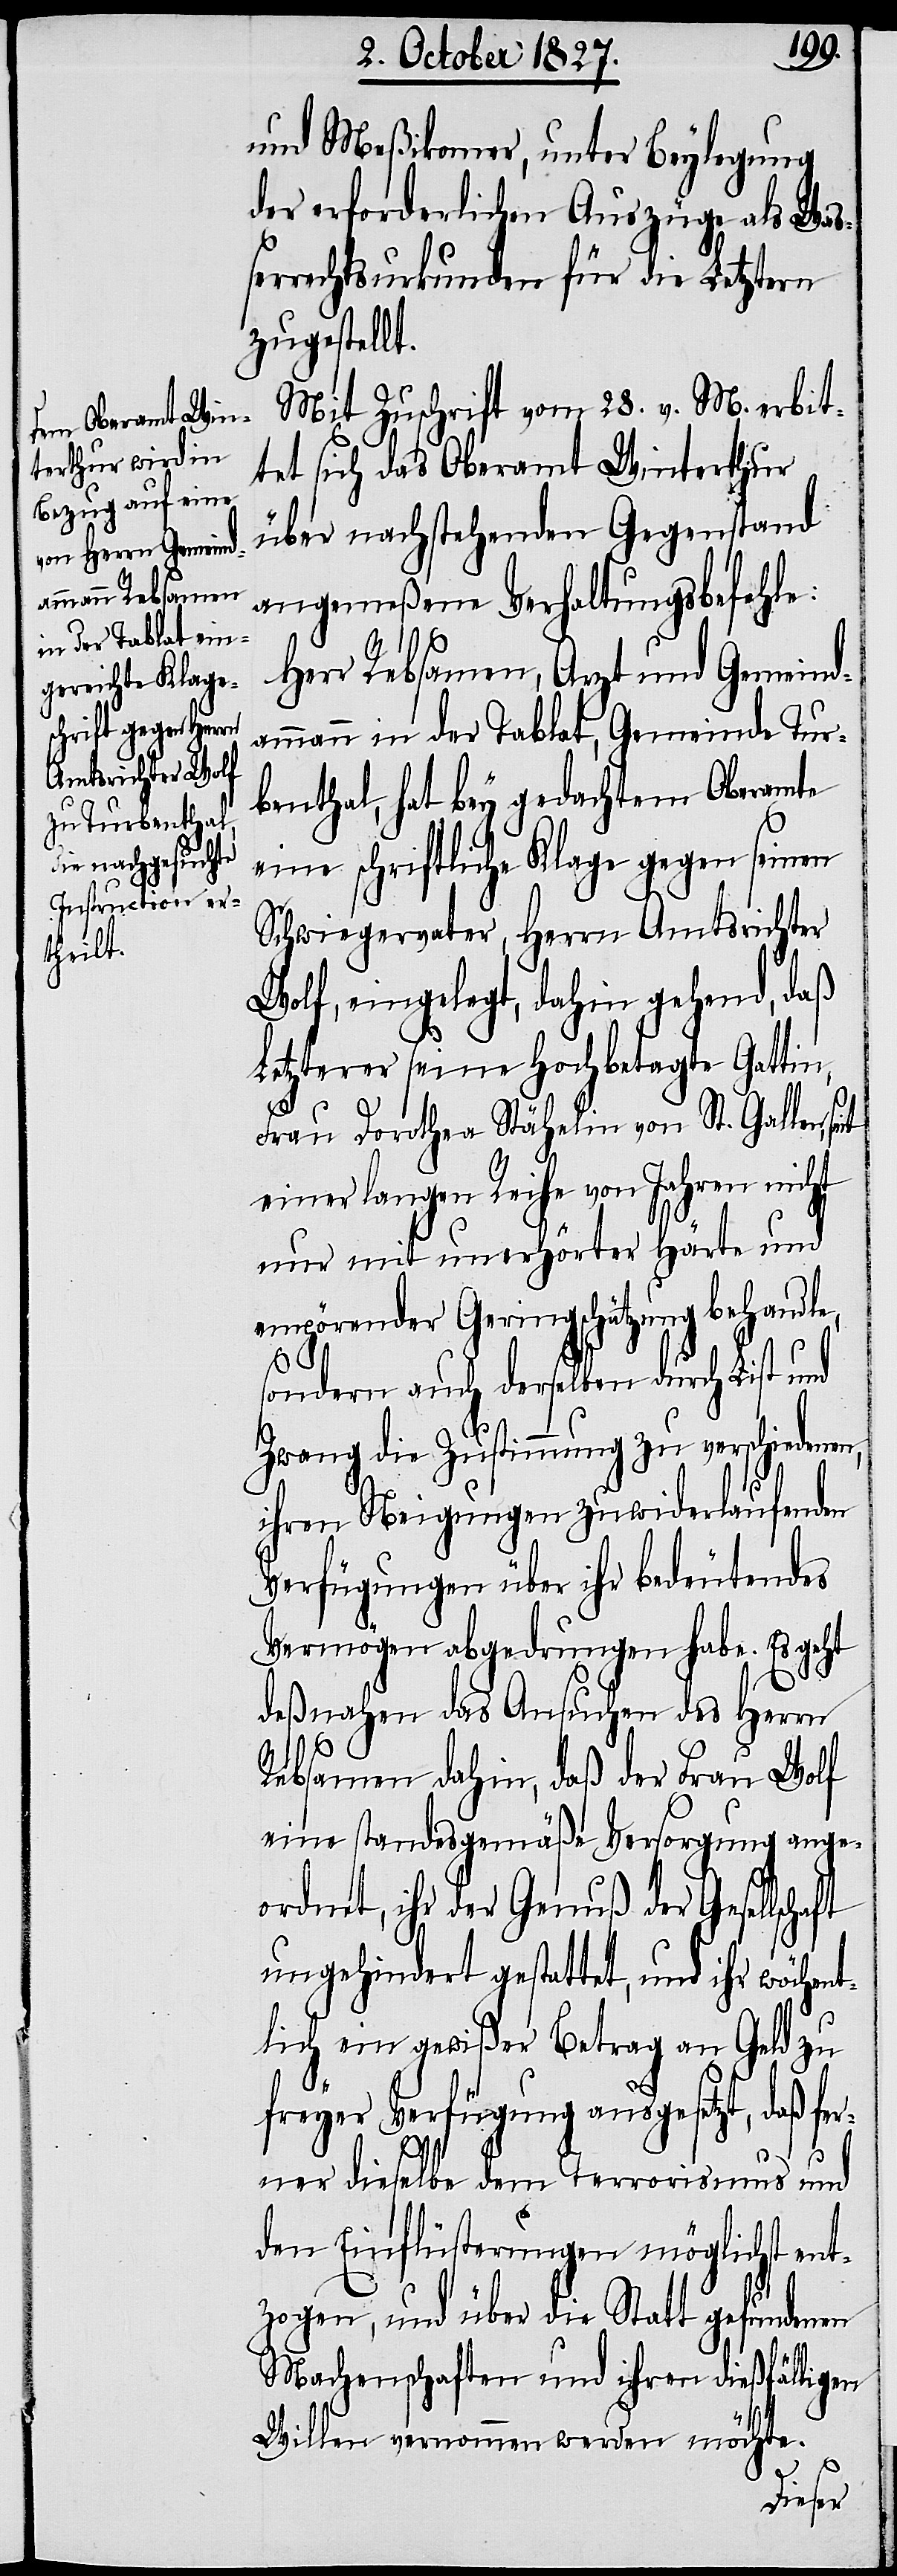
und Meßikomer, unter Beylegung
der erforderlichen Auszüge als Waß¬
errechtsurkunden für die Letztern
zugestellt.
Mit Zuschrift vom 28. v. M. erbit¬
tet sich das Oberamt Winterthur
über nachstehenden Gegenstand
angemeßene Verhaltungsbefehle:
Herr Rebsamen, Arzt und Gemeind¬
ammann in der Tablat, Gemeinde Tur¬
benthal, hat bey gedachtem Oberamte
eine schriftliche Klage gegen seinen
Schwiegervater, Herrn Amtsrichter
Wolf, eingelegt, dahin gehend, daß
Letzterer seine Hoch betagte Gattin,
aft
Frau Dorothea Stähelin von St. Gallen,
einer langen Reihe von Jahren nicht
nur mit unerhörter Härte und
empörender Geringschätzung behandl¬
sondern auch derselben durch List und
Zwang die Zustimmung zu verschiedenen,
ihren Neigungen zuwiderlaufenden
Verfügungen über ihr bedeutendes
Vermögens abgedrungen habe. Es geht
deßnahen das Ansuchen des Herrn
Rebsamen dahin, daß der Frau Wolf
eine standesgemäße Versorgung ange¬
ordnet, ihr der Genuß der Gesellsch¬
ungehindert gestattet, und ihr wöchent¬
lich ein gewißer Betrag an Geld zu
freyer Verfügung ausgesetzt, daß fer¬
ner dieselbe dem Terrorismus und
den Einflüsterungen möglichst ent¬
zogen, und über die Statt gefundenen
Machenschaften und ihren dießfälligen
Willen vernommen werden möchte.
e,